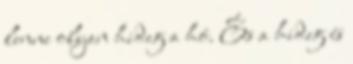
lenne olyan hideg a hó. És a hideg és